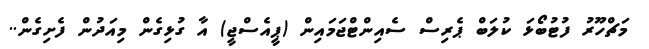
މަޗްހޫރު ފުޓުބޯޅަ ކުލަބް ޕެރިސް ސެއިންޓްޖަމައިން (ޕީއެސްޖީ) އާ ގުޅިގެން މިއަދުން ފެށިގެން..